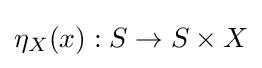
\eta _{X}(x):S\to S\times X